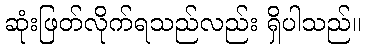
ဆုံးဖြတ်လိုက်ရသည်လည်း ရှိပါသည်။